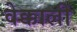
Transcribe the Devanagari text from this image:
वेक्काली